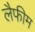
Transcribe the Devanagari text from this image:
लैफीम